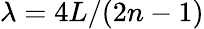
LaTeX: \lambda=4L/(2n-1)